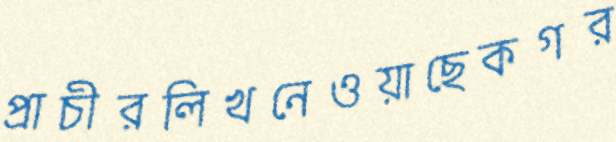
প্রাচীরলিখনেওয়াছেকগর